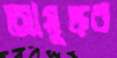
আয়ুষ্কর